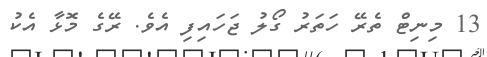
13 މިނިޓް ތެރޭ ހަތަރު ގޯލު ޖަހައިފި އެވެ. ރޭގެ މޮޅާ އެކު